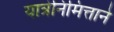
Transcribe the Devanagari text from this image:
यात्रेनिमित्ताने